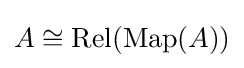
A\cong \operatorname {Rel} (\operatorname {Map} (A))